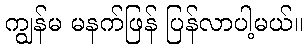
ကျွန်မ မနက်ဖြန် ပြန်လာပါ့မယ်။